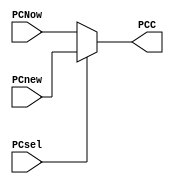
`timescale 1ns / 1ps
//////////////////////////////////////////////////////////////////////////////////
// Company: 
// Engineer: 
// 
// Design Name: 
// Module Name: PCmux
// Project Name: 
// Target Devices: 
// Tool Versions: 
// Description: 
// 
// Dependencies: 
// 
// Revision:
// Revision 0.01 - File Created
// Additional Comments:
// 
//////////////////////////////////////////////////////////////////////////////////


module PCmux(PCNow, PCnew, PCsel, PCC);
input [31:0] PCNow, PCnew;
input PCsel;
output reg [31:0] PCC;
always@(*) begin
if(PCsel == 1'b1)
 PCC <= PCnew;
else
 PCC <= PCNow;
end
endmodule